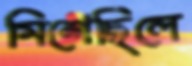
মিশেছিলে